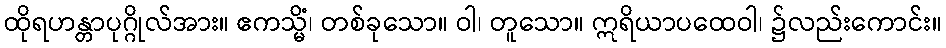
ထိုရဟန္တာပုဂ္ဂိုလ်အား။ ဧကသ္မိံ၊ တစ်ခုသော။ ဝါ၊ တူသော။ ဣရိယာပထေဝါ၊ ၌လည်းကောင်း။